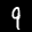
Label: 9